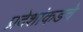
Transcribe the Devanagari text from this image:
प्रदेशांकडचे